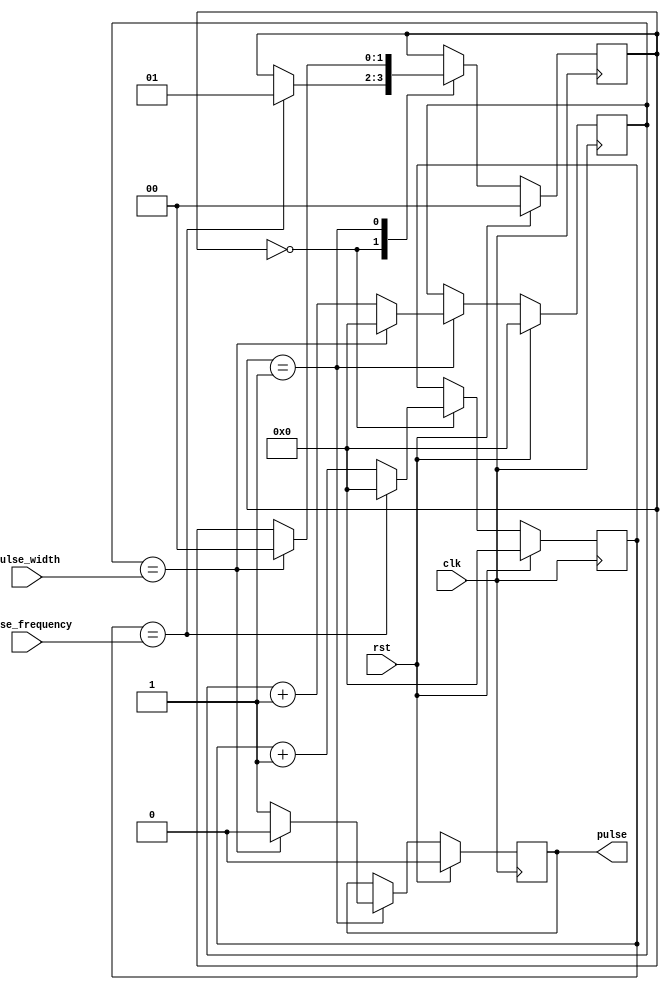
module Pulse_Generator (
    input wire clk,
    input wire rst,
    input wire [7:0] pulse_width,
    input wire [7:0] pulse_frequency,
    output reg pulse
);

reg [7:0] counter = 8'd0;
reg [7:0] delay_count = 8'd0;
reg [1:0] state = 2'b00;

always @(posedge clk) begin
    if (rst) begin
        counter <= 8'd0;
        delay_count <= 8'd0;
        state <= 2'b00;
        pulse <= 1'b0;
    end
    else begin
        case(state)
            2'b00: begin
                if (counter == pulse_frequency) begin
                    counter <= 8'd0;
                    state <= 2'b01;
                end
                else begin
                    counter <= counter + 1;
                end
            end
            2'b01: begin
                if (delay_count == pulse_width) begin
                    delay_count <= 8'd0;
                    pulse <= 1'b0;
                    state <= 2'b00;
                end
                else begin
                    delay_count <= delay_count + 1;
                    pulse <= 1'b1;
                end
            end
        endcase
    end
end

endmodule